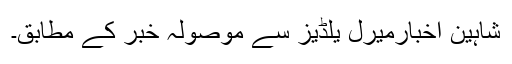
شاہین اخبارمیرل یلڈیز سے موصولہ خبر کے مطابق۔